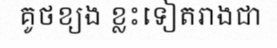
គូថខ្យង ខ្លះទៀតរាងជា